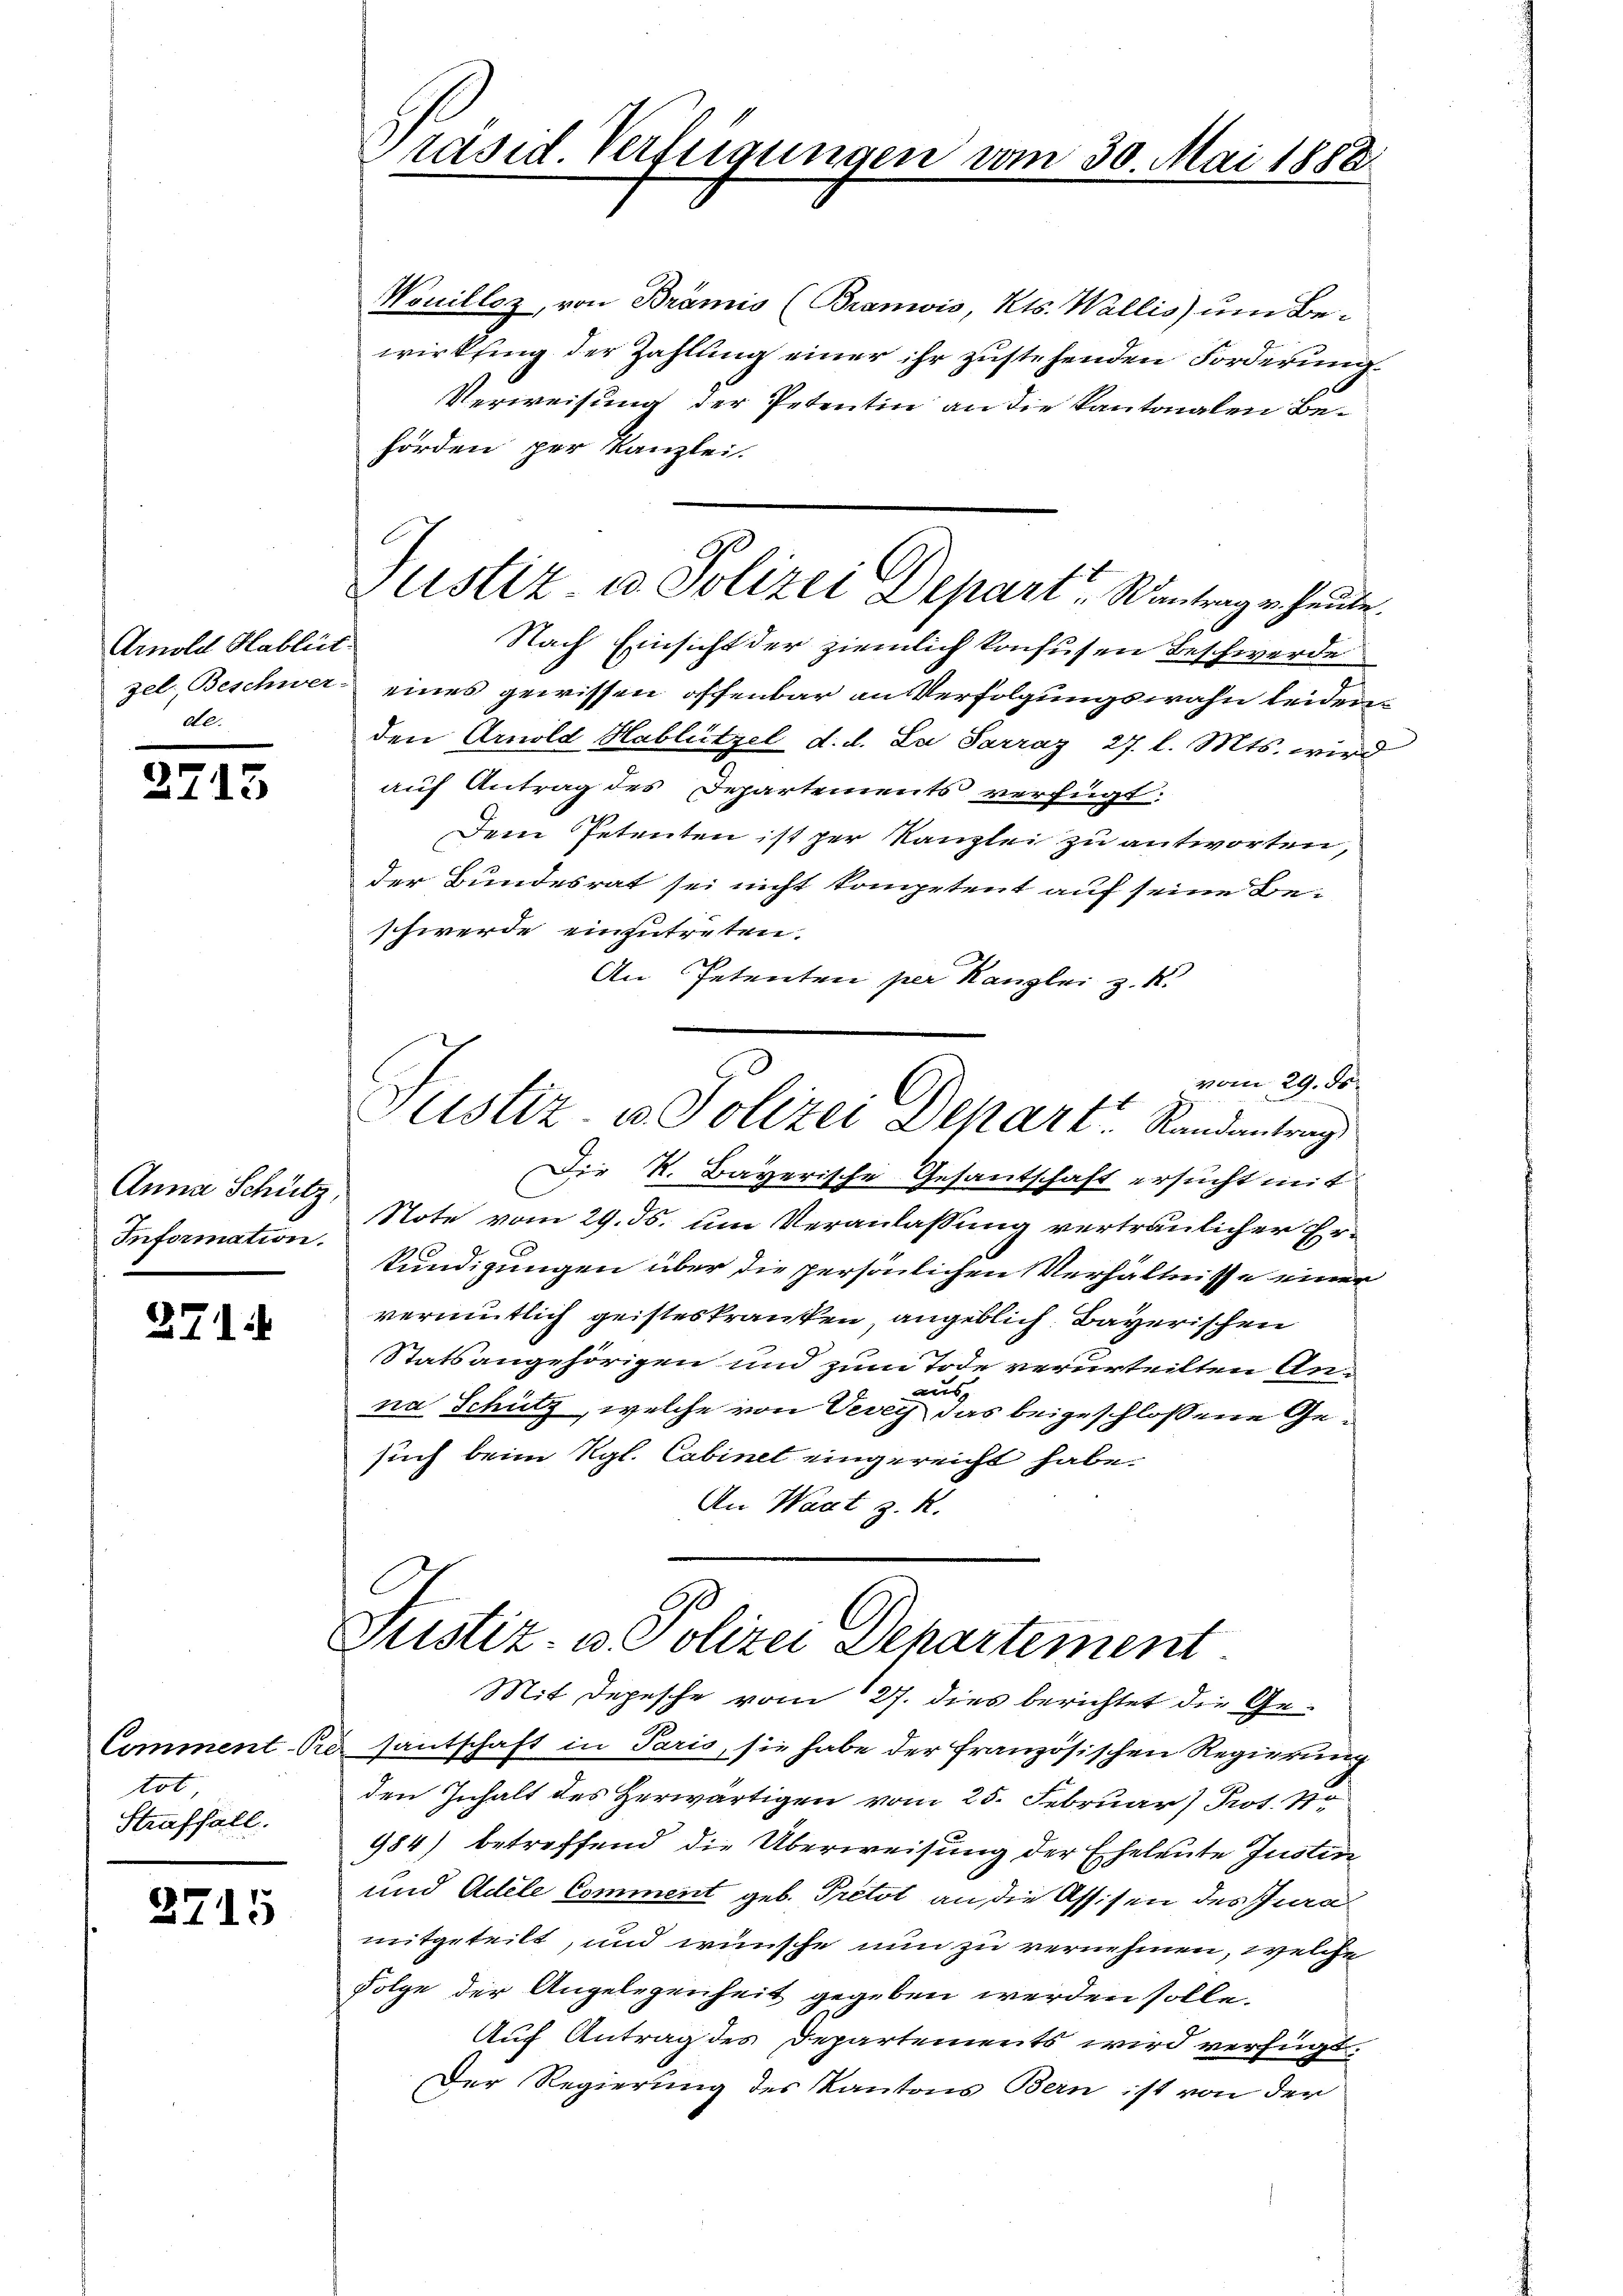
Arnold Hablüt
all.

25

15

Anna Schütz,
Information.

271.

Comment. O
tot
Straffall.

2715

räsid. Verfügungen vom 30. Mai 1888

Wouilloz, von Brämis (Brandis, Kts. Wallis um Bewirkling der Zahlung einer ihr zustehenden Forderung
Verweisung der Petentin an die Kantonalen Behörden per Kanzlei.
Nach Einsicht der ziemlich konfusen Beschwerde
zel, Beschwer eines gewissen offenbar an Verfolgungswahn leidenden Arnold Hablützel d. d. La Sarraz, 27. l. Mts. wird
auf Antrag des Departements verfügt:
Dem Petenten ist per Kanzlei zu antworten,
der Bundesrat sei nicht kompetent auf seine Beschwerde einzutreten.
An Petenten per Kanzlei z. R.
vom 29. d.
E
Justiz- u. Polizei Depart Randantrag
Die K. Bayerische Gesantschaft ersucht mit
Note vom 29. ds. um Veranlassung vertraulicher Erkundigungen über die persönlichen Verhältnisse einer
vermutlich geisteskranken, angeblich Bayerischen
Statsangehörigen und zum Tode verurteilten Anaus
na Schütz, welche von Vevey das beigeschlossene Gesuch beim Kgl. Cabinet eingereicht habe.
An Wart z. R.

G
Justiz u. Polizei Depart, Santrag u. heute.

Justiz- u. Polizei Departement.

Mit Depesche vom 27. dies berichtet die Ged santschaft in Paris, sie habe der französischen Regierung
den Inhalt des Herwärtigen vom 25. Februar) Prot. 770
984) betreffend die Überweisung der Eheleute Justin¬
und Adele Comment geb. Pretot an die Assisen des Jura
mitgeteilt, und wünsche nun zu vernehmen, welche
Folge der Angelegenheit gegeben werden solle.
Auf Antrag des Departements wird verfügt:
Der Regierung des Kantons Bern ist von der